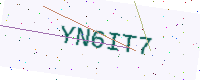
Text: YN6IT7